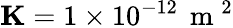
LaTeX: \mathbf{K}=1\times 10^{-12}\, \mathrm{~m~}^{2}